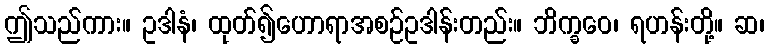
ဤသည်ကား။ ဥဒါနံ၊ ထုတ်၍ဟောရာအစဉ်ဥဒါန်းတည်း။ ဘိက္ခဝေ၊ ရဟန်းတို့။ ဆ၊